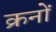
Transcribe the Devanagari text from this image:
क्रनों